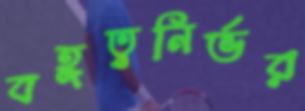
বহুত্বনির্ভর